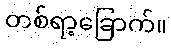
တစ်ရာ့ခြောက်။